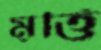
মূর্ত্তি